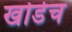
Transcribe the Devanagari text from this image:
खोडेच